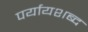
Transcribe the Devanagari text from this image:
पर्यायशब्द